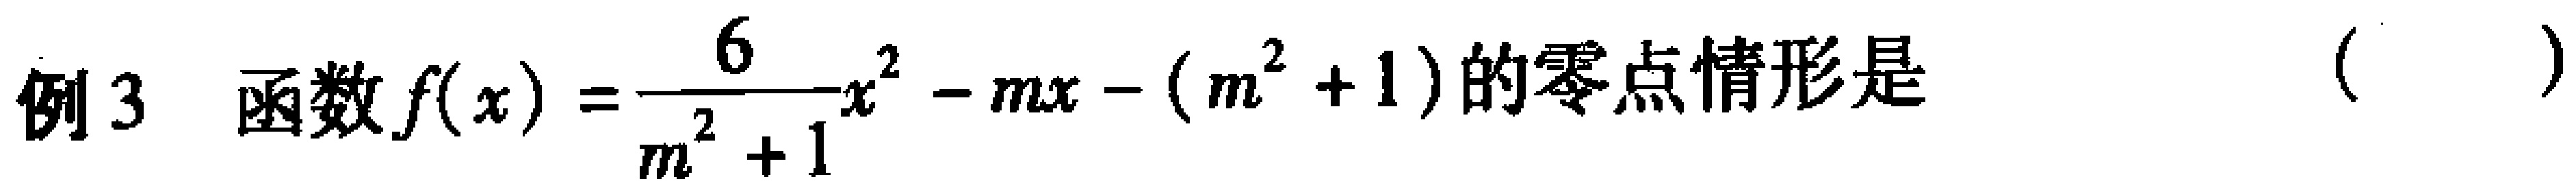
例3 函数$f(x)=\frac{6}{m^{2}+1}x^{2}-mx-(m^{2}+1)$的零点情形是（  ）